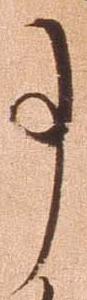
事